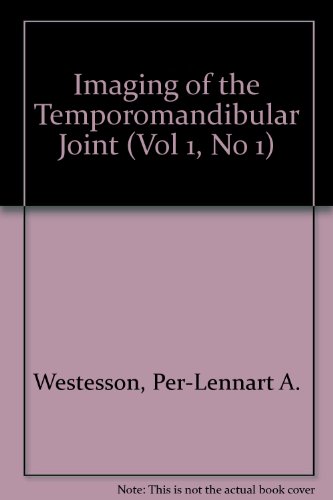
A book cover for Cranio Clinics International: Imaging of the Temporomandibular Joint (Vol 1, No 1); Riley H. Lunn; Medical Books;